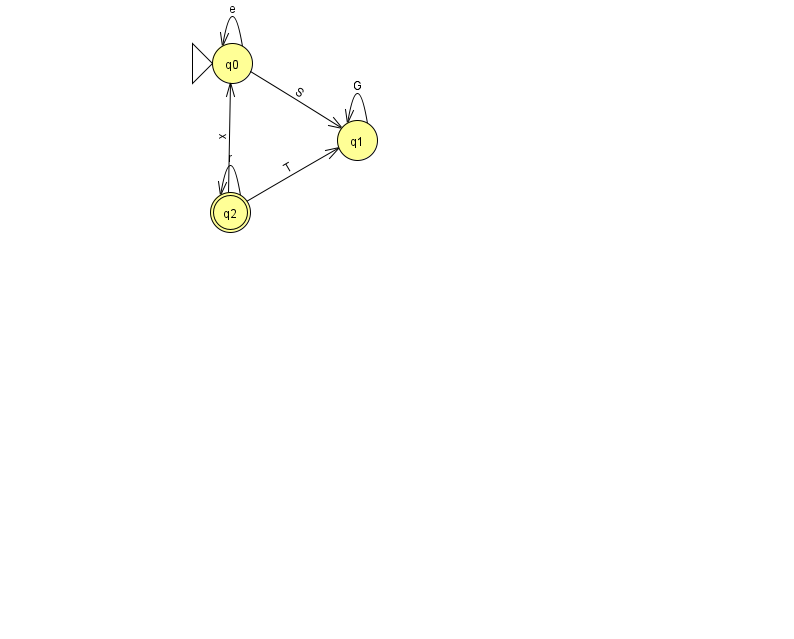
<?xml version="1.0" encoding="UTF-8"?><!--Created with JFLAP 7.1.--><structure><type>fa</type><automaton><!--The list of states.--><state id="0" name="q0"><x>232.0</x><y>50.0</y><initial/></state><state id="1" name="q1"><x>357.0</x><y>127.0</y></state><state id="2" name="q2"><x>230.0</x><y>199.0</y><final/></state><!--The list of transitions.--><transition><from>2</from><to>2</to><read>r</read></transition><transition><from>0</from><to>0</to><read>e</read></transition><transition><from>1</from><to>1</to><read>G</read></transition><transition><from>2</from><to>0</to><read>x</read></transition><transition><from>0</from><to>1</to><read>S</read></transition><transition><from>2</from><to>1</to><read>T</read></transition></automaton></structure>